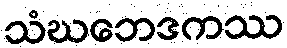
သံဃဘေဒကဿ